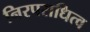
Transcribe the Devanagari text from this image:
निरपराधित्व